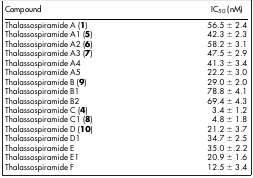
<table><thead><tr><td><b>Compound</b></td><td><b>IC<sub>50</sub> (nM)</b></td></tr></thead><tbody><tr><td>Thalassospiramide A (<b>1</b>)</td><td>56.5 ± 2.4</td></tr><tr><td>Thalassospiramide A1 (<b>5</b>)</td><td>42.3 ± 2.3</td></tr><tr><td>Thalassospiramide A2 (<b>6</b>)</td><td>58.2 ± 3.1</td></tr><tr><td>Thalassospiramide A3 (<b>7</b>)</td><td>47.5 ± 2.9</td></tr><tr><td>Thalassospiramide A4</td><td>41.3 ± 3.4</td></tr><tr><td>Thalassospiramide A5</td><td>22.2 ± 3.0</td></tr><tr><td>Thalassospiramide B (<b>9</b>)</td><td>29.0 ± 2.0</td></tr><tr><td>Thalassospiramide B1</td><td>78.8 ± 4.1</td></tr><tr><td>Thalassospiramide B2</td><td>69.4 ± 4.3</td></tr><tr><td>Thalassospiramide C (<b>4</b>)</td><td>3.4 ± 1.2</td></tr><tr><td>Thalassospiramide C1 (<b>8</b>)</td><td>4.8 ± 1.8</td></tr><tr><td>Thalassospiramide D (<b>10</b>)</td><td>21.2 ± 3.7</td></tr><tr><td>Thalassospiramide D1</td><td>34.7 ± 2.5</td></tr><tr><td>Thalassospiramide E</td><td>35.0 ±.2.2</td></tr><tr><td>Thalassospiramide E1</td><td>20.9 ± 1.6</td></tr><tr><td>Thalassospiramide F</td><td>12.5 ± 3.4</td></tr></tbody></table>